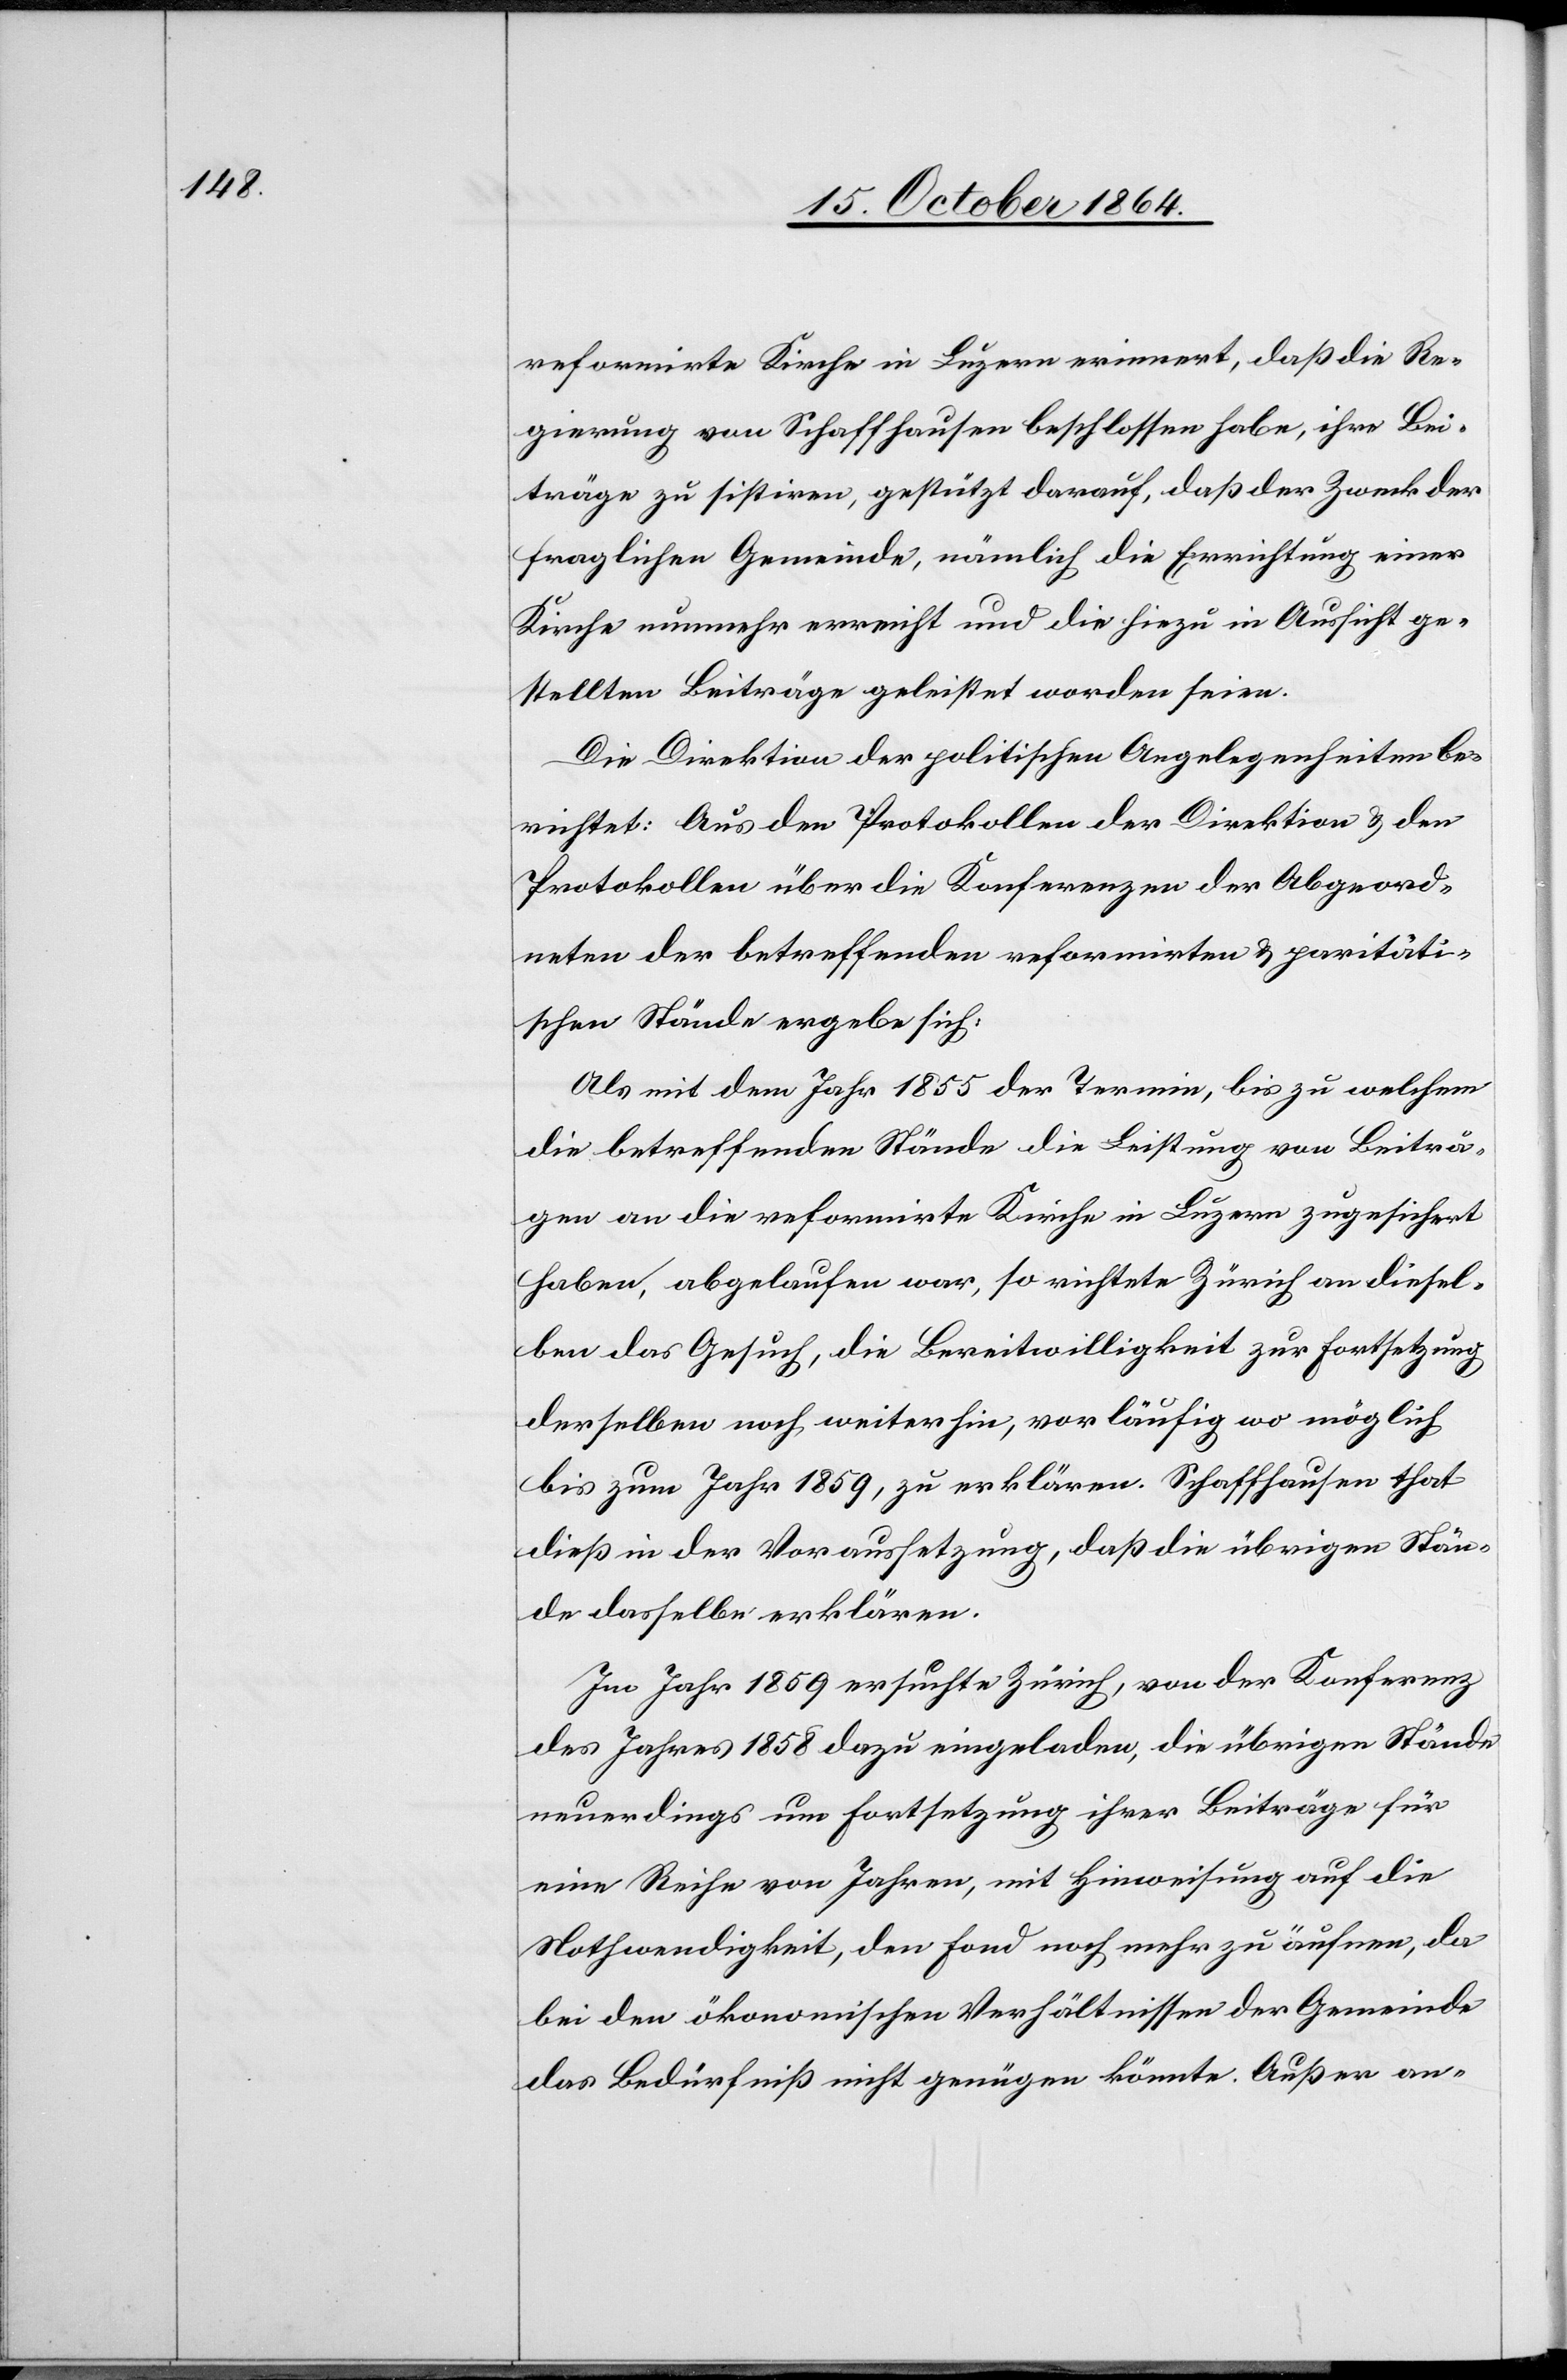
reformirte Kirche in Luzern erinnert, daß die Re¬
gierung von Schaffhausen beschlossen habe, ihre Bei¬
träge zu sistiren, gestützt darauf, daß der Zweck der
fraglichen Gemeinde, nämlich die Errichtung einer
Kirche nunmehr erreicht und die hiezu in Aussicht ge¬
stellten Beiträge geleistet worden seien.
Die Direktion der politischen Angelegenheiten be¬
richtet: Aus den Protokollen der Direktion & den
Protokollen über die Konferenzen der Abgeord¬
neten der betreffenden reformirten & paritäti¬
schen Stände ergebe sich:
Als mit dem Jahr 1855 der Termin, bis zu welchem
die betreffenden Stände die Bestimmung von Beiträ¬
gen an die reformirte Kirche in Luzern zugesichert
haben, abgelaufen war, so richtete Zürich an diesel¬
ben das Gesuch, die Bereitwilligkeit zur Fortsetzung
derselben noch weiterhin, vorläufig wo möglich
bis zum Jahr 1859, zu erklären. Schaffhausen that
dieß in der Voraussetzung, daß die übrigen Stän¬
de dasselbe erklären.
Im Jahr 1859 ersuchte Zürich, von der Konferenz
des Jahres 1858 dazu eingeladen, die übrigen Stände
neuerdings um Fortsetzung ihrer Beiträge für
eine Reihe von Jahren, mit Hinweisung auf die
Nothwendigkeit, den Fond noch mehr zu äufnen, da
bei den ökonomischen Verhältnissen der Gemeinde
das Bedürfniß nicht genügen könnte. Außer an